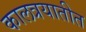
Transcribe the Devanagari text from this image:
कालत्रयातीत